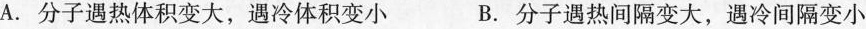
A.分子遇热体积变大，遇冷体积变小 B.分子遇热间隔变大，遇冷间隔变小